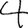
Digit: 4